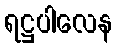
ရဋ္ဌပါလေန